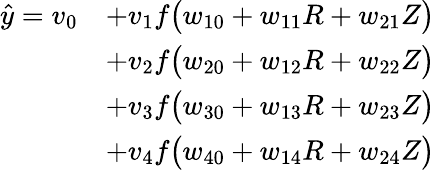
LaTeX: \begin{array}{rl}{\hat{y}=v_{0}}&{+v_{1}f\big(w_{10}+w_{11}R+w_{21}Z\big)}\\ &{+v_{2}f\big(w_{20}+w_{12}R+w_{22}Z\big)}\\ &{+v_{3}f\big(w_{30}+w_{13}R+w_{23}Z\big)}\\ &{+v_{4}f\big(w_{40}+w_{14}R+w_{24}Z\big)}\end{array}